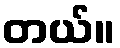
တယ်။